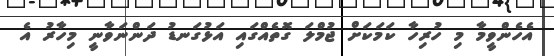
އެހެންވީމާ މި ހުރިހާ ކަމަކަށް ޖުމްލަ ގޮތެއްގައި އަޅުގަނޑު ދަންނަވާނީ މިހާރު އެ